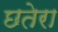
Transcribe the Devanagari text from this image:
छतेरा